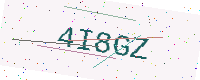
Text: 4I8GZ